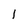
Character: 1